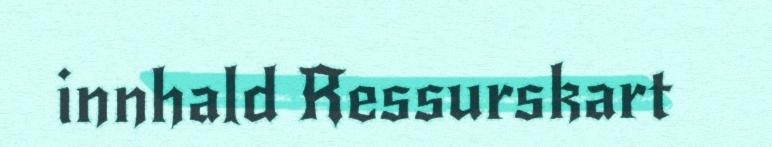
innhald Ressurskart